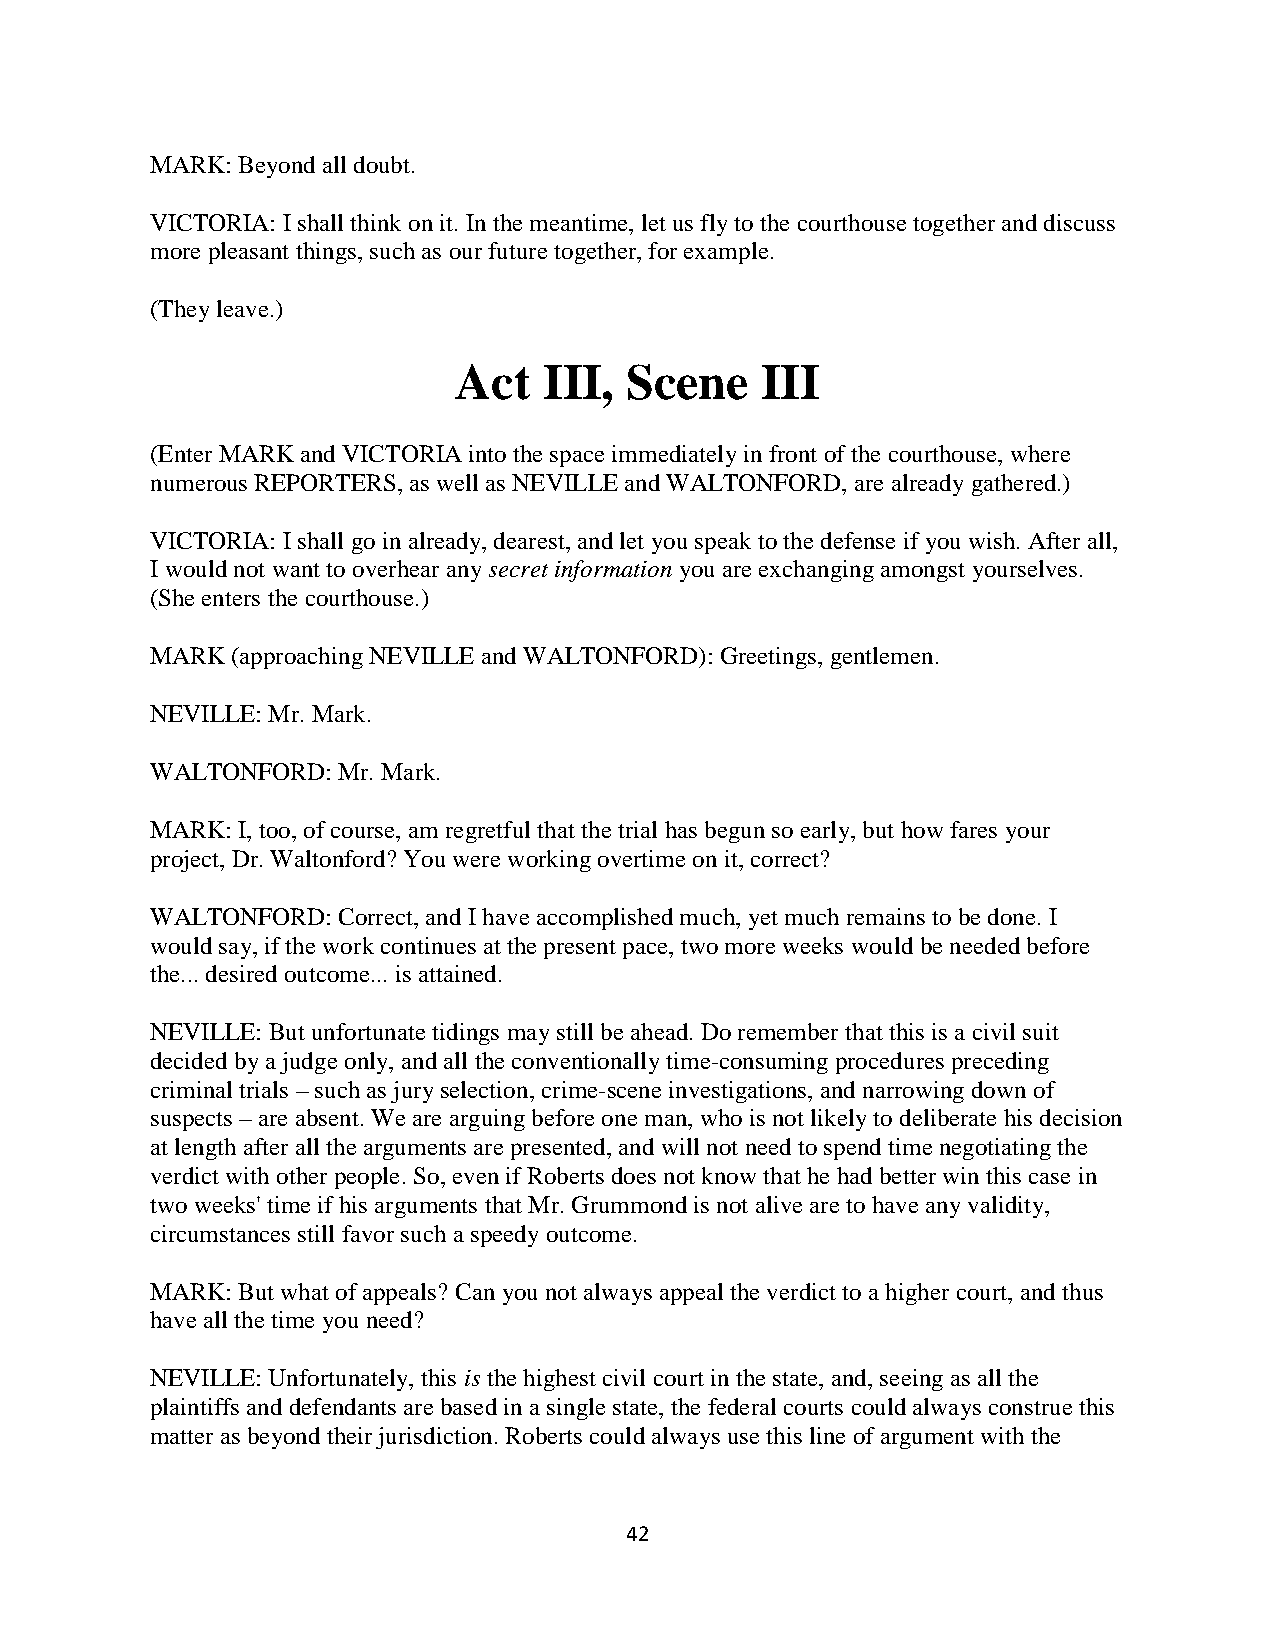
MARK: Beyond all doubt.
 VICTORIA: I shall think on it. In the meantime, let us fly to the courthouse together and discuss
 more pleasant things, such as our future together, for example.
 (They leave.)
 Act   III, Scene    III
 (Enter MARK and VICTORIA into the space immediately in front of the courthouse, where
 numerous REPORTERS, as well as NEVILLE and WALTONFORD, are already gathered.)
 VICTORIA: I shall go in already, dearest, and let you speak to the defense if you wish. After all,
 I would not want to overhear any secret information you are exchanging amongst yourselves.
 (She enters the courthouse.)
 MARK (approaching NEVILLE and WALTONFORD): Greetings, gentlemen.
 NEVILLE: Mr. Mark.
 WALTONFORD: Mr. Mark.
 MARK: I, too, of course, am regretful that the trial has begun so early, but how fares your
 project, Dr. Waltonford? You were working overtime on it, correct?
 WALTONFORD: Correct, and I have accomplished much, yet much remains to be done. I
 would say, if the work continues at the present pace, two more weeks would be needed before
 the... desired outcome... is attained.
 NEVILLE: But unfortunate tidings may still be ahead. Do remember that this is a civil suit
 decided by a judge only, and all the conventionally time-consuming procedures preceding
 criminal trials – such as jury selection, crime-scene investigations, and narrowing down of
 suspects – are absent. We are arguing before one man, who is not likely to deliberate his decision
 at length after all the arguments are presented, and will not need to spend time negotiating the
 verdict with other people. So, even if Roberts does not know that he had better win this case in
 two weeks' time if his arguments that Mr. Grummond is not alive are to have any validity,
 circumstances still favor such a speedy outcome.
 MARK: But what of appeals? Can you not always appeal the verdict to a higher court, and thus
 have all the time you need?
 NEVILLE: Unfortunately, this is the highest civil court in the state, and, seeing as all the
 plaintiffs and defendants are based in a single state, the federal courts could always construe this
 matter as beyond their jurisdiction. Roberts could always use this line of argument with the
 42